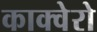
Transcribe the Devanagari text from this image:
काक्वेरो